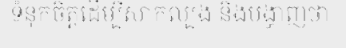
ទំនុកចិត្តដើម្បីសាកល្បង និងបង្ហាញថា